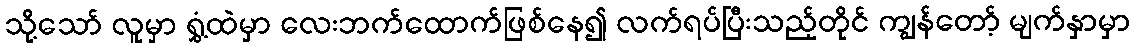
သို့သော် လူမှာ ရွှံ့ထဲမှာ လေးဘက်ထောက်ဖြစ်နေ၍ လက်ရပ်ပြီးသည့်တိုင် ကျွန်တော့် မျက်နှာမှာ